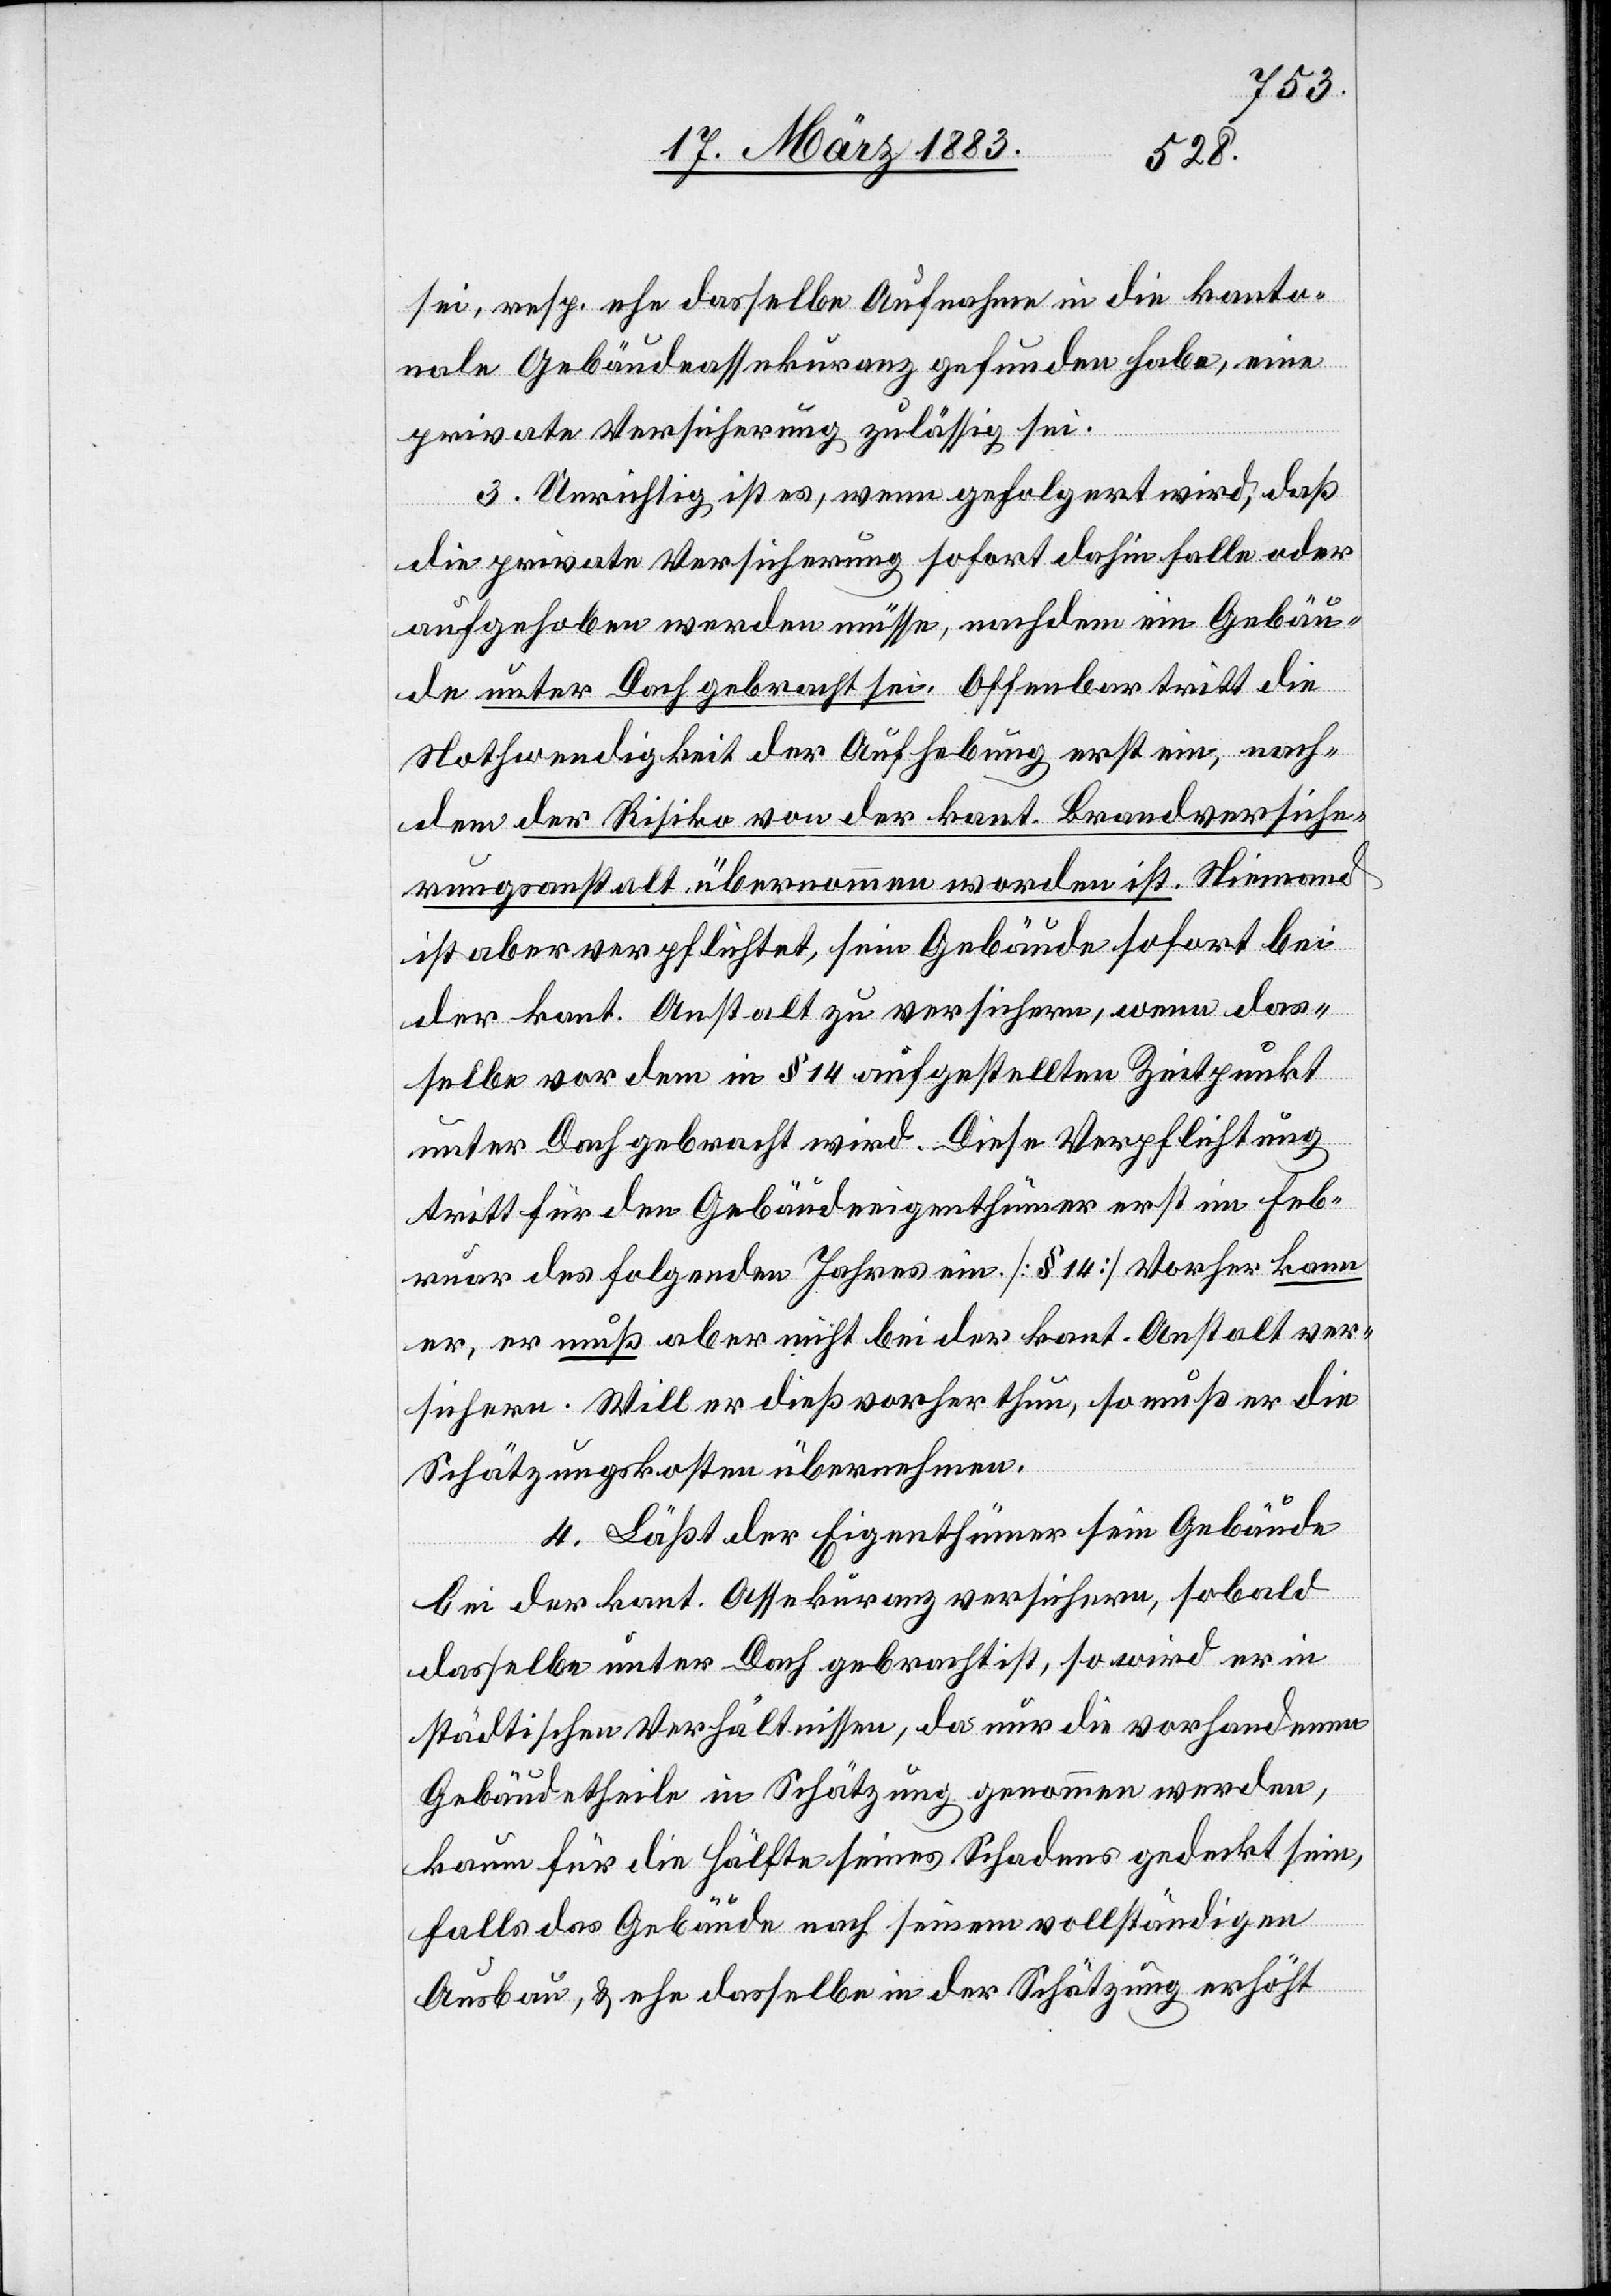
sei, resp. ehe dasselbe Aufnahme in die kant.
Gebäudeassekuranz gefunden habe, eine
private Versicherung zulässig sei.
3. Unrichtig ist, wenn gefolgert wird, daß
die private Versicherung sofort dahin falle oder
aufgehoben werden müsse, nachdem ein Gebäu¬
de unter Dach gebracht sei. Offenbar tritt die
Nothwendigkeit der Aufhebung erst ein, nach¬
dem der Risiko von der kant. Brandversiche¬
rungsanstalt übernommen worden ist. Niemand
ist aber verpflichtet, sein Gebäude sofort bei
der kant. Anstalt zu versichern, wenn das¬
selbe vor dem in § 14 aufgestellten Zeitpunkt
unter Dach gebracht wird. Diese Verpflichtung
tritt für den Gebäudeeigenthümer erst im Feb¬
ruar des folgenden Jahres ein. [§ 14] Vorher kann
er, er muß aber nicht bei der kant. Anstalt ver¬
sichern. Will er dieß vorher thun, so muß er die
Schätzungskosten übernehmen.
4. Läßt der Eigenthümer sein Gebäude
bei der kant. Assekuranz versichern, sobald
dasselbe unter Dach gebracht ist, so wird er in
städtischen Verhältnissen, da nur die vorhandenen
Gebäudetheile in Schätzung genommen werden,
kaum für die Hälfte seines Schadens gedeckt sein,
falls das Gebäude nach seinem vollständigen
Ausbau, & ehe dasselbe in der Schätzung erhöht